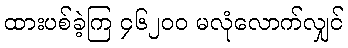
ထားပစ်ခဲ့ကြ ၄၆၂၀၀ မလုံလောက်လျှင်